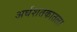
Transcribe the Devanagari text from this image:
अर्धशतकातला